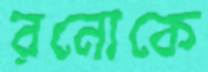
রনোকে